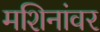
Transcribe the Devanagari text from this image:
मशिनांवर